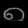
Digit: ၈